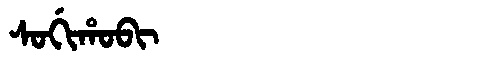
Manchu: ᠰᠣᡤᡳᡥᠣᠪᡳ
Romanization: SOGIHOBI